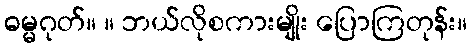
ဓမ္မဂုတ်။ ။ ဘယ်လိုစကားမျိုး ပြောကြတုန်း။